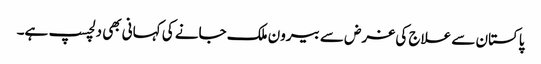
پاکستان سے علاج کی غرض سے بیرون ملک جانے کی کہانی بھی دلچسپ ہے۔